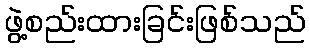
ဖွဲ့စည်းထားခြင်းဖြစ်သည်